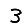
Digit: 3